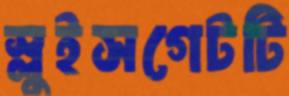
স্লুইসগেটটি